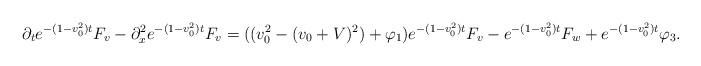
LaTeX: \begin{align*}\partial_t e^{-(1-v_0^2)t}F_v - \partial_x^2 e^{-(1-v_0^2)t}F_v &= ((v_0^2-(v_0+V)^2) + \varphi_{1}) e^{-(1-v_0^2)t}F_v - e^{-(1-v_0^2)t}F_w + e^{-(1-v_0^2)t}\varphi_3.\end{align*}